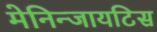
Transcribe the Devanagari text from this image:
मेनिन्जायटिस